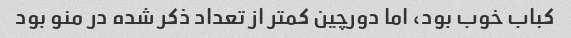
کباب خوب بود، اما دورچین کمتر از تعداد ذکر شده در منو بود